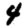
Digit: 4